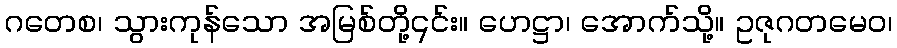
ဂတေစ၊ သွားကုန်သော အမြစ်တို့၎င်း။ ဟေဋ္ဌာ၊ အောက်သို့။ ဥဇုဂတမေဝ၊